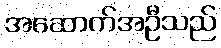
အဆောက်အဦသည်